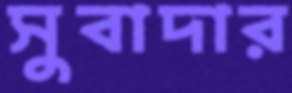
সুবাদার